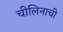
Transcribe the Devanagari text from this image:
चीलिनाची